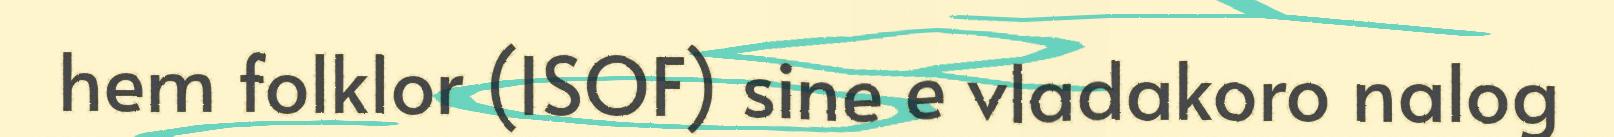
hem folklor (ISOF) sine e vladakoro nalog